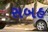
સબહ